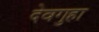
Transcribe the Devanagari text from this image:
देवगुहा